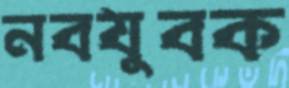
নবযুবক